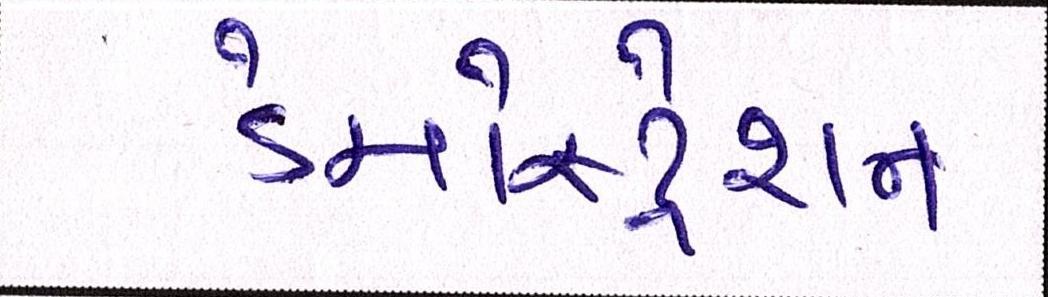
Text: ડેમોસ્ટ્રેશન